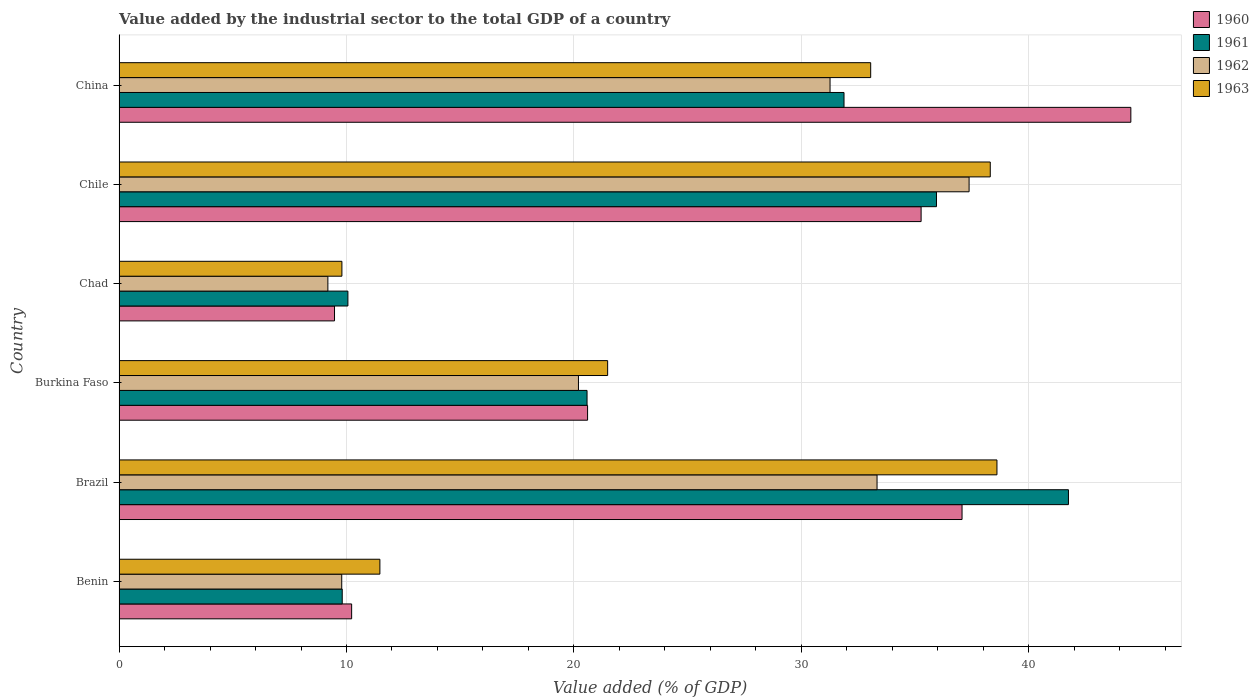
| Country | 1960 | 1961 | 1962 | 1963 |
 | --- | --- | --- | --- | --- |
 | Benin | 10.2 | 9.81 | 9.79 | 11.5 |
 | Brazil | 37.1 | 41.7 | 33.3 | 38.6 |
 | Burkina Faso | 20.6 | 20.6 | 20.2 | 21.5 |
 | Chad | 9.47 | 10.1 | 9.18 | 9.8 |
 | Chile | 35.3 | 35.9 | 37.4 | 38.3 |
 | China | 44.5 | 31.9 | 31.3 | 33 |